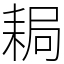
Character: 䎤